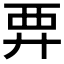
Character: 𧟥